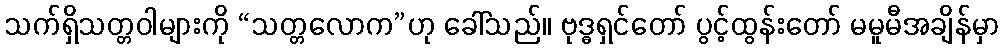
သက်ရှိသတ္တဝါများကို “သတ္တလောက”ဟု ခေါ်သည်။ ဗုဒ္ဓရှင်တော် ပွင့်ထွန်းတော် မမူမီအချိန်မှာ